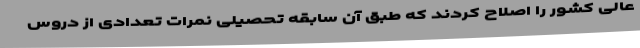
عالی کشور را اصلاح کردند که طبق آن سابقه تحصیلی نمرات تعدادی از دروس